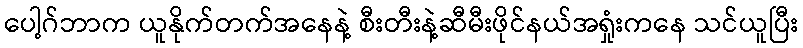
ပေါ့ဂ်ဘာက ယူနိုက်တက်အနေနဲ့ စီးတီးနဲ့ဆီမီးဖိုင်နယ်အရှုံးကနေ သင်ယူပြီး